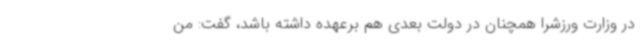
در وزارت ورزشرا همچنان در دولت بعدی هم برعهده داشته باشد، گفت: من